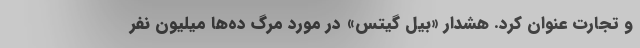
و تجارت عنوان کرد. هشدار «بیل گیتس» در مورد مرگ ده‌ها میلیون نفر